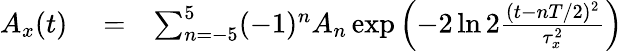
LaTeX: \begin{array}{rlr}{A_{x}(t)}&{{}=}&{\sum_{n=-5}^{5}(-1)^{n}A_{n}\exp\left(-2\ln 2{\frac{(t-nT/2)^{2}}{\tau_{x}^{2}}}\right)}\end{array}